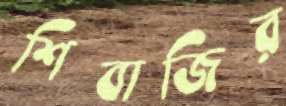
শিবাজির